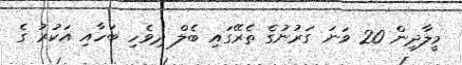
މީލާދީން 20 ވަނަ ގަރުނުގެ ތެރޭގައި ބެލް ދިވެހި ބަހާއި އަކުރު ގެ